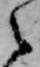
之